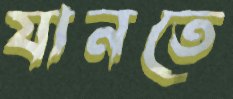
যানতে